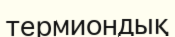
термиондық